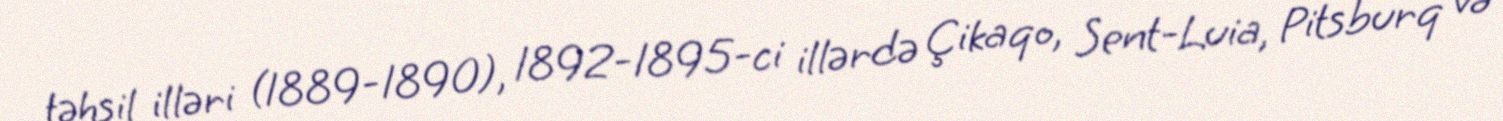
təhsil illəri (1889-1890), 1892-1895-ci illərdə Çikaqo, Sent-Luia, Pitsburq və